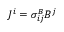
J ^ { i } = \sigma _ { i j } ^ { B } B ^ { j }